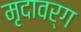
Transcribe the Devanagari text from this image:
मृदावर्ग